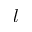
l